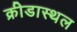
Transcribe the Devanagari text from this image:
क्रीडास्थल